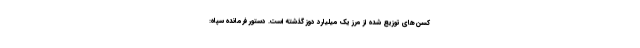
کسن‌های توزیع شده از مرز یک میلیارد دوز گذشته است. دستور فرمانده سپاه: